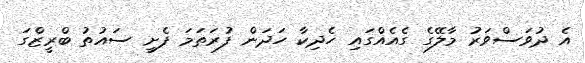
އެ ދުވަސްވަރު މާލޭގެ ގެއެއްގައި ހެދިކާ ހަދަން ފުރަތަމަ ފެށީ ސައުތު ބްރީޒްގަ